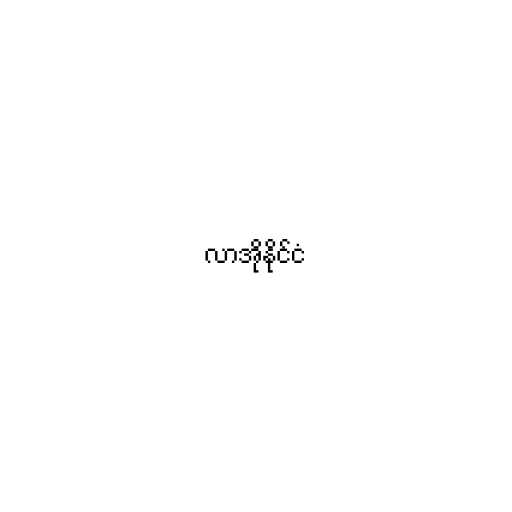
လာအိုနိုင်ငံ